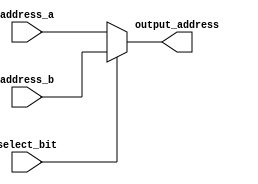
`timescale 1ns / 1ps
//////////////////////////////////////////////////////////////////////////////////
// Company: 
// Engineer: 
// 
// Design Name: 
// Module Name: mux
// Project Name: 
// Target Devices: 
// Tool Versions: 
// Description: 
// 
// Dependencies: 
// 
// Revision:
// Revision 0.01 - File Created
// Additional Comments:
// 
//////////////////////////////////////////////////////////////////////////////////


module mux(
    input [7:0] address_a,
    input [7:0] address_b,
    input select_bit,
    output [7:0] output_address
    );
    reg[7:0] temp_address;
    
    initial begin
    temp_address = 8'd0;
    end
    
    always @(*)begin// || address_b || select_bit)begin
    if(select_bit == 0)begin
        temp_address = address_a;
    end
    else begin
        temp_address = address_b;
    end
    end
    
    assign output_address = temp_address;
endmodule